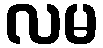
လမ